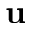
{ \bf u }